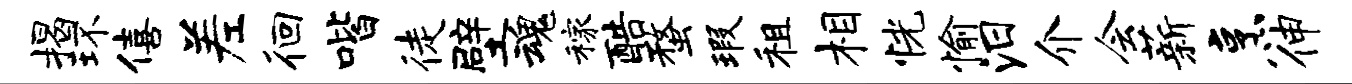
揭环僖差徊喈徒壁魂稼酷蝥瑕租相恍愉汨介会薪烹伸